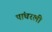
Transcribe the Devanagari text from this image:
पांघरली